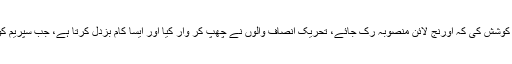
وزیراعلیٰ نے کہا کہ تحریک انصاف لاہور کے صدر ولید اقبال نے پوری کوشش کی کہ اورنج لائن منصوبہ رک جائے، تحریک انصاف والوں نے چھپ کر وار کیا اور ایسا کام بزدل کرتا ہے، جب سپریم کورٹ میں ان کی مخالفت سامنے آئی تو انہیں اپنی درخواست واپس لینا پڑی۔